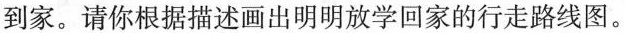
到家。请你根据描述画出明明放学回家的行走路线图。